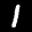
Label: 1